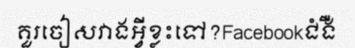
គួរចៀសវាងអ្វីខ្លះទៅ?Facebookជំងឺ